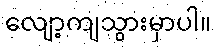
လျော့ကျသွားမှာပါ။